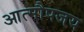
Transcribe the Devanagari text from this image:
आत्मौपजय